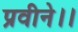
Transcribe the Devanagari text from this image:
प्रवीने।।